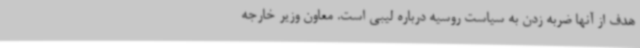
هدف از آنها ضربه زدن به سیاست روسیه درباره لیبی است. معاون وزیر خارجه